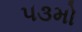
૫૩મો